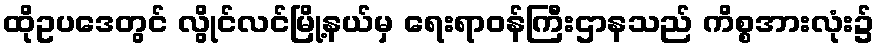
ထိုဥပဒေတွင် လွိုင်လင်မြို့နယ်မှ ရေးရာဝန်ကြီးဌာနသည် ကိစ္စအားလုံး၌